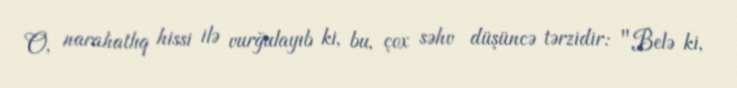
O, narahatlıq hissi ilə vurğulayıb ki, bu, çox səhv düşüncə tərzidir: "Belə ki,